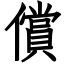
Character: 償